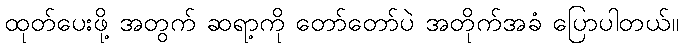
ထုတ်ပေးဖို့ အတွက် ဆရာ့ကို တော်တော်ပဲ အတိုက်အခံ ပြောပါတယ်။